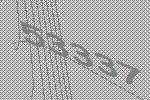
53337